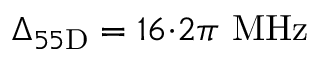
\Delta _ { 5 5 \mathrm { D } } = 1 6 { \cdot } 2 \pi \ \mathrm { M H z }